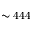
\sim 4 4 4